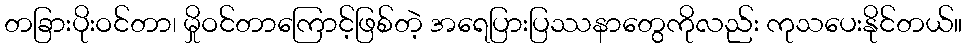
တခြားပိုးဝင်တာ၊ မှိုဝင်တာကြောင့်ဖြစ်တဲ့ အရေပြားပြဿနာတွေကိုလည်း ကုသပေးနိုင်တယ်။